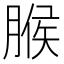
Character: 𦞈